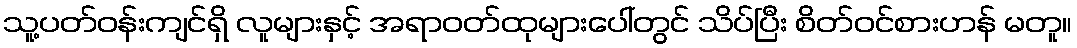
သူ့ပတ်ဝန်းကျင်ရှိ လူများနှင့် အရာဝတ်ထုများပေါ်တွင် သိပ်ပြီး စိတ်ဝင်စားဟန် မတူ။